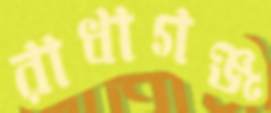
রাধাগঞ্জ